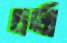
চর্থা